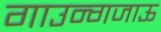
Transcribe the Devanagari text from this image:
गाउन्गजाऊ